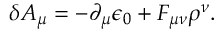
\delta A _ { \mu } = - { \partial _ { \mu } \epsilon _ { 0 } } + F _ { \mu \nu } \rho ^ { \nu } .